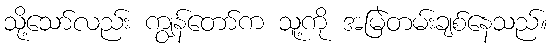
သို့သော်လည်း ကျွန်တော်က သူ့ကို အမြဲတမ်းချစ်နေသည်။